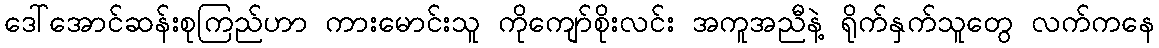
ဒေါ်အောင်ဆန်းစုကြည်ဟာ ကားမောင်းသူ ကိုကျော်စိုးလင်း အကူအညီနဲ့ ရိုက်နှက်သူတွေ လက်ကနေ